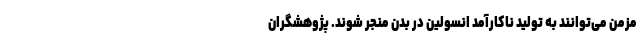
مزمن می‌توانند به تولید ناکارآمد انسولین در بدن منجر شوند. پژوهشگران